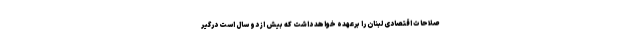
صلاحات اقتصادی لبنان را برعهده خواهد داشت که بیش از دو سال است درگیر